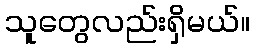
သူတွေလည်းရှိမယ်။